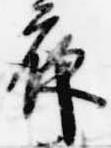
夜